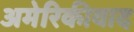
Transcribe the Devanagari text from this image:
अमेरिकीवाद